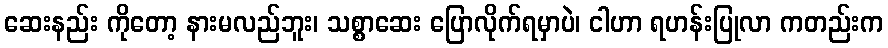
ဆေးနည်း ကိုတော့ နားမလည်ဘူး၊ သစ္စာဆေး ပြောလိုက်ရမှာပဲ၊ ငါဟာ ရဟန်းပြုလာ ကတည်းက